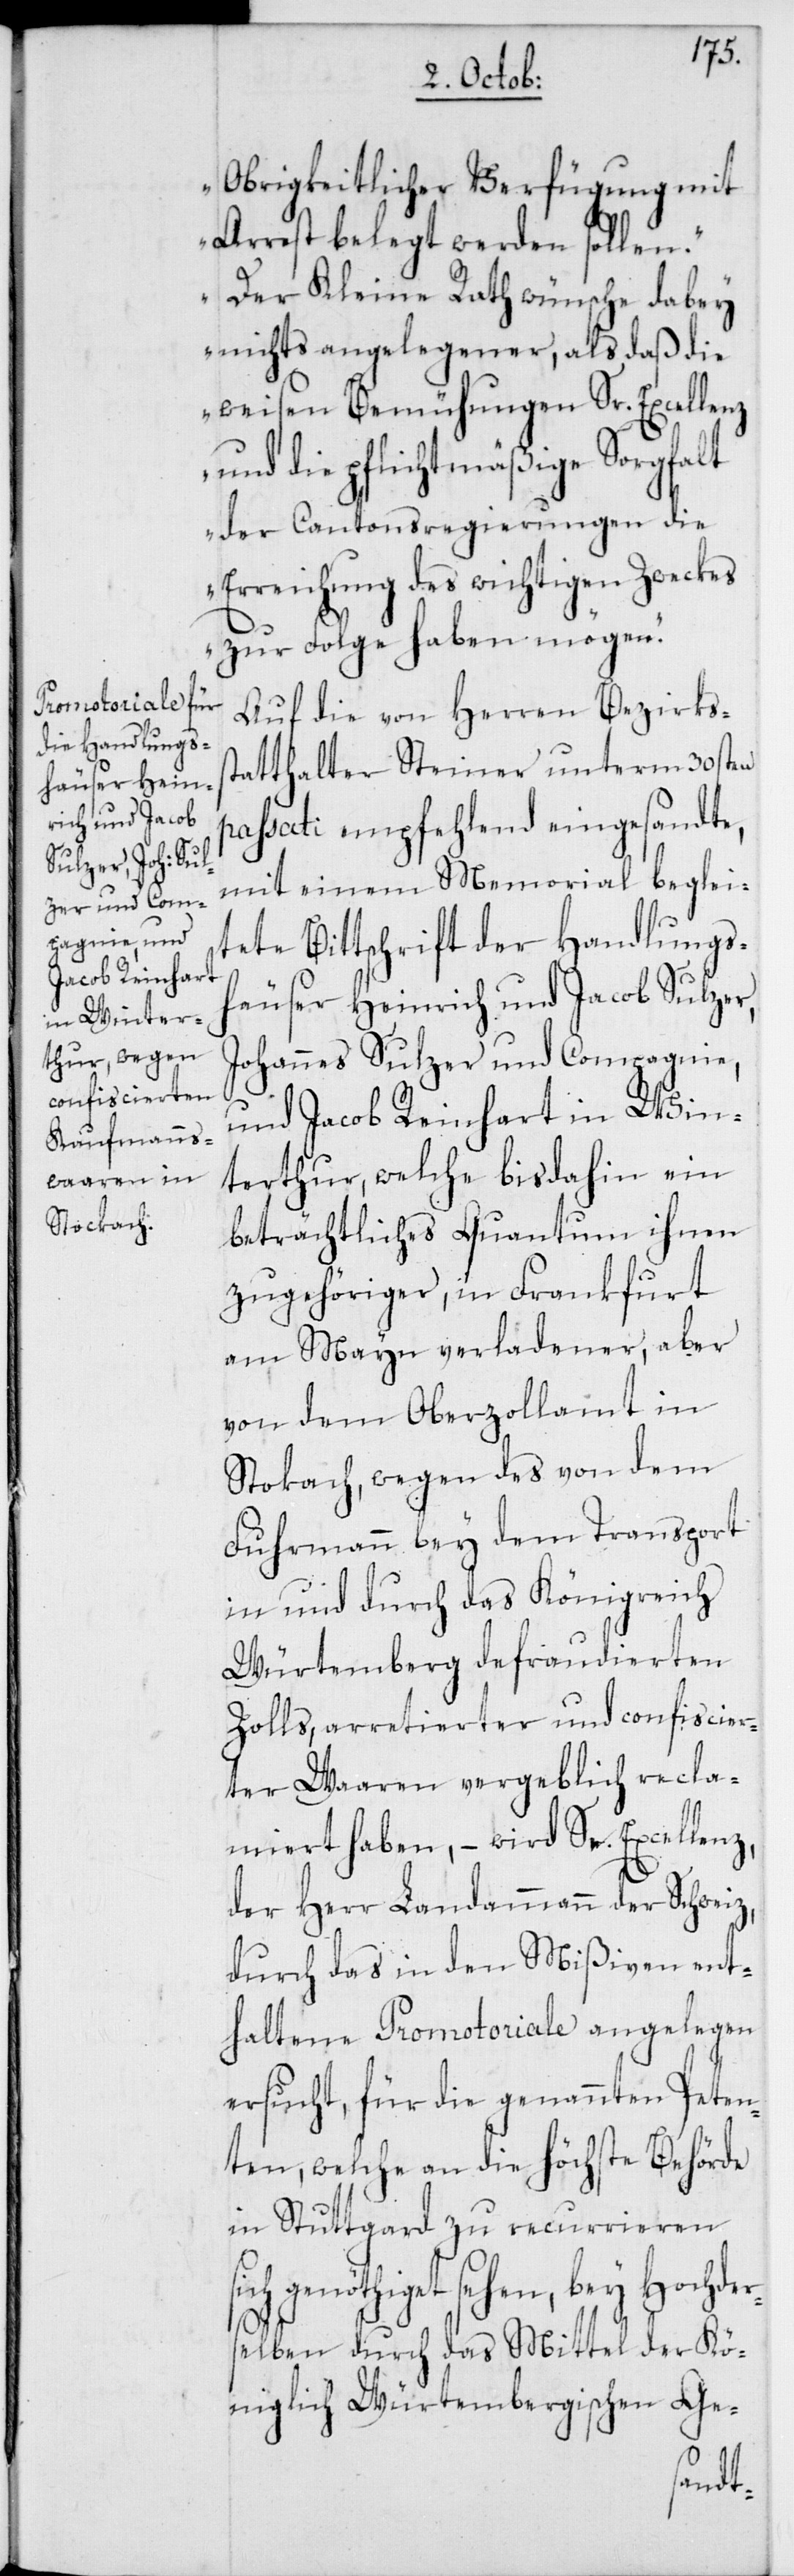
Obrigkeitlicher Verfügung mit
Arrest belegt werden sollen.
Der Kleine Rath wünsche dabey
nichts angelegener, als daß die
weisen Bemühungen Sr. Excellenz
und die pflichtmäßige Sorgfalt
der Cantonsregierungen die
Erreichung des wichtigen Zweckes
zur Folge haben mögen“.
Auf die von Herren Bezirkss¬
tatthalter Steiner unterm 30sten
passati empfehlend eingesandte,
mit einem Memorial beglei¬
tete Bittschrift der Handlungs¬
häuser Heinrich und Jacob Sulzer,
Johannes Sulzer und Compagnie,
und Jacob Reinhart in Win¬
terthur, welche bisdahin ein
beträchtliches Quantum ihnen
zugehöriger, in Frankfurt
am Mayn verladener, aber
von dem Oberzollamt in
Stockach, wegen des von dem
Fuhrmann bey dem Transport
in und durch das Königreich
Würtemberg defraudierten
Zolls, arretierter und confiscier¬
ter Waaren vergeblich recla¬
miert haben, – wird Sr. Excellenz,
der Herr Landammann der Schweiz,
durch das in den Mißiven ent¬
haltene Promotoriale angelegen
ersucht, für die genannten Peten¬
ten, welche an die höchste Behörde
in Stuttgard zu recurrieren
genöthiget sehen, bey Hochde¬
rselben durch das Mittel der Kö¬
niglich Würtembergischen Ge-